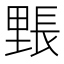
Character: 𮡙